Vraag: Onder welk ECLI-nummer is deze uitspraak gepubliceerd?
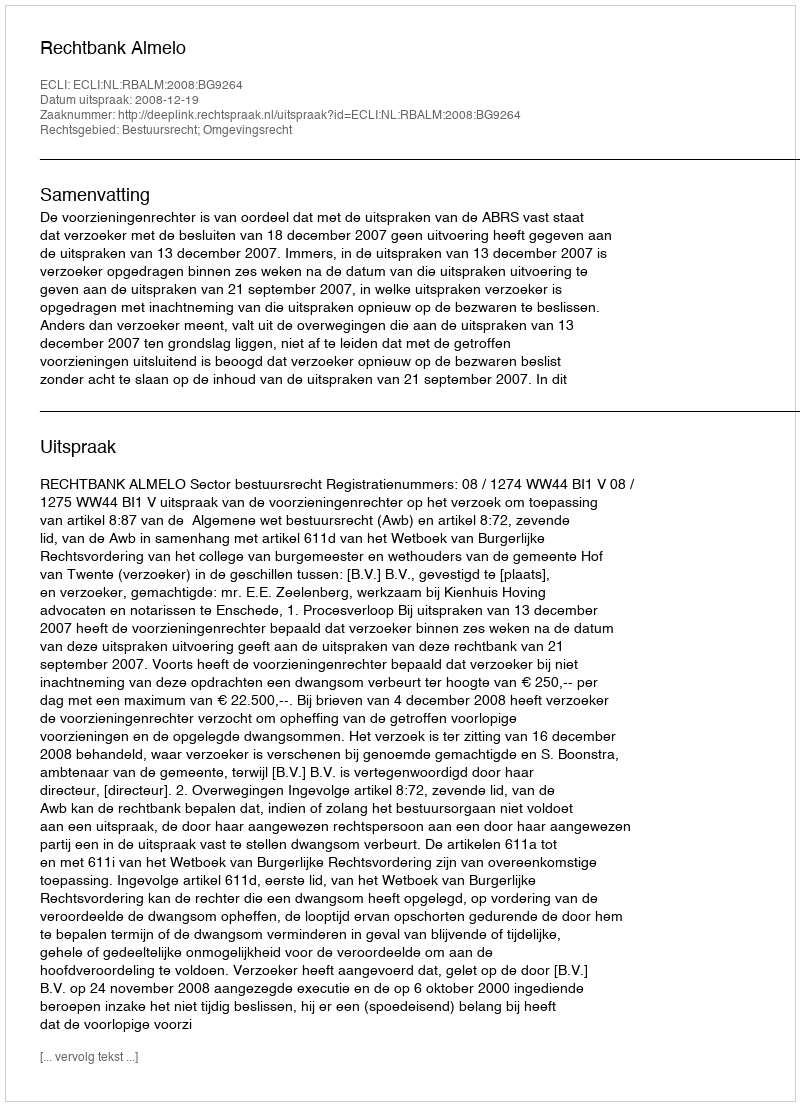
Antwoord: ECLI:NL:RBALM:2008:BG9264